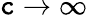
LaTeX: \mathtt{c}\to\infty